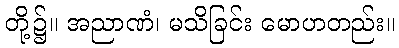
တို့၌။ အညာဏံ၊ မသိခြင်း မောဟတည်း။